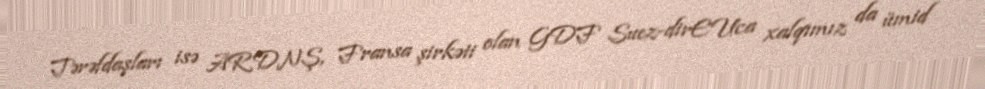
Tərəfdaşları isə ARDNŞ, Fransa şirkəti olan GDF Suez-dirEUca xalqımız da ümid